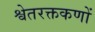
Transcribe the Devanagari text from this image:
श्वेतरक्तकणों